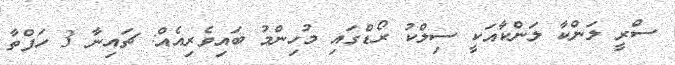
ސްރީ ލަންކާ ލަންކާއަކީ ސިލްކު ރޯޑްގައި މުހިންމު ބައިވެރިއެއް: ޗައިނާ 3 ހަފްތާ